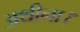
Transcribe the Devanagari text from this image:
अथीना।